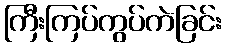
ကြီးကြပ်ကွပ်ကဲခြင်း